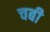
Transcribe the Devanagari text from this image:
चबी